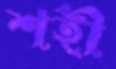
শহী